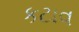
કટાવ